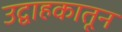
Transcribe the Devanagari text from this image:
उद्वाहकातून